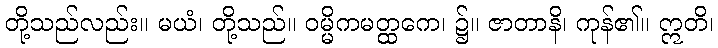
တို့သည်လည်း။ မယံ၊ တို့သည်။ ဝမ္မိကမတ္ထကေ၊ ၌။ ဇာတာနိ၊ ကုန်၏။ ဣတိ၊